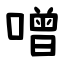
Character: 噌